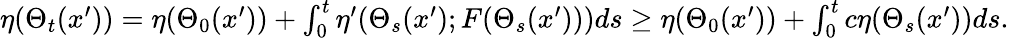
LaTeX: \begin{array}{r}{\eta(\Theta_{t}(x^{\prime}))=\eta(\Theta_{0}(x^{\prime}))+\int_{0}^{t}\eta^{\prime}(\Theta_{s}(x^{\prime});F(\Theta_{s}(x^{\prime})))ds\geq\eta(\Theta_{0}(x^{\prime}))+\int_{0}^{t}c\eta(\Theta_{s}(x^{\prime}))ds.}\end{array}